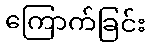
ကြောက်ခြင်း